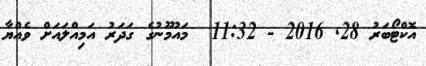
އޮކްޓޯބަރު 28